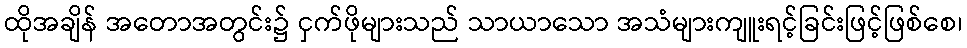
ထိုအချိန် အတောအတွင်း၌ ငှက်ဖိုများသည် သာယာသော အသံများကျူးရင့်ခြင်းဖြင့်ဖြစ်စေ၊